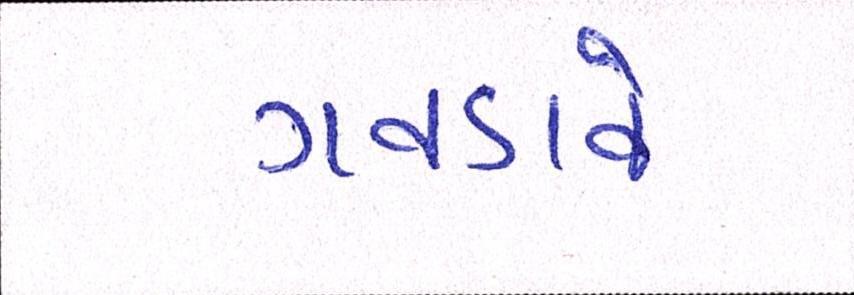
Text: ગવડાવે